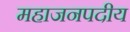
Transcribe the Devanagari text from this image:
महाजनपदीय